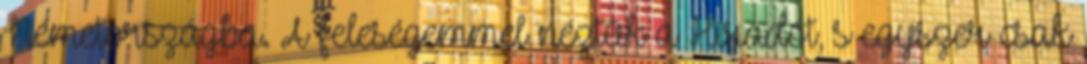
Németor­szág­ba. A felesé­gem­mel néztük a Híradót, s egyszer csak